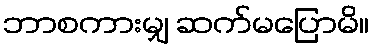
ဘာစကားမျှ ဆက်မပြောမိ။